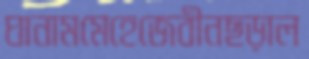
ঘানামমেহেজেবীনছড়াল